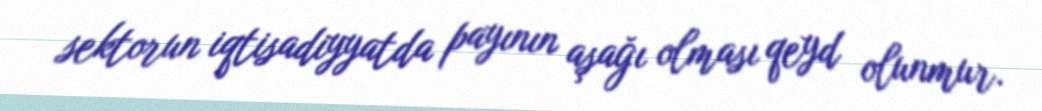
sektorun iqtisadiyyatda payının aşağı olması qeyd olunmur.